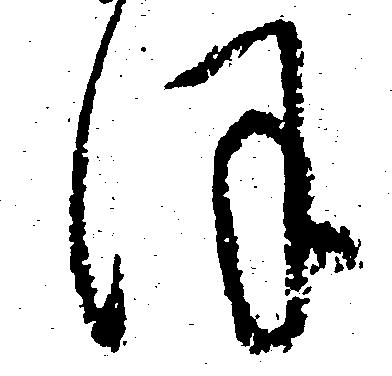
ほ